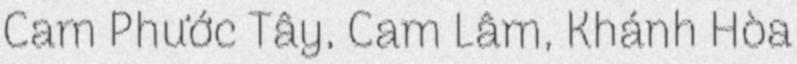
Cam Phước Tây, Cam Lâm, Khánh Hòa